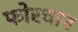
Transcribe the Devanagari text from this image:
फोरचान